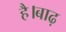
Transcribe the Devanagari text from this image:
है।बाढ़